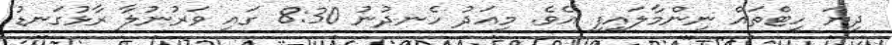
ދިޔަ ހީޓްތައް ނިންމާލައިފި އެވެ. މިއަދު ހެނދުނު 8:30 ގައި ވަރުނުލާ ރާޅުގަނޑު